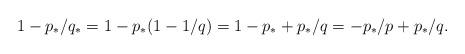
LaTeX: \begin{align*}1 - p_{*}/q_{*} = 1 - p_{*}(1 - 1/q)= 1 - p_{*} + p_{*}/q= -p_{*}/p + p_{*}/q.\end{align*}